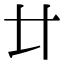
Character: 𠥻